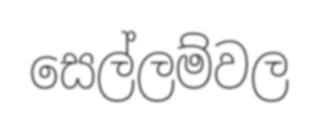
සෙල්ලම්වල